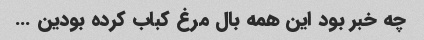
چه خبر بود این همه بال مرغ کباب کرده بودین …